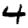
Digit: 4